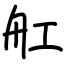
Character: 舡